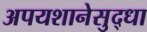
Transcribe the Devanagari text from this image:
अपयशानेसुद्धा